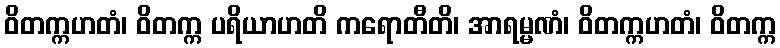
ဝိတက္ကဟတံ၊ ဝိတက္က ပရိယာဟတိ ကရောတီတိ၊ အာရမ္မဏံ၊ ဝိတက္ကဟတံ၊ ဝိတက္က